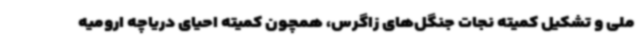
ملی و تشکیل کمیته نجات جنگل‌های زاگرس، همچون کمیته احیای دریاچه ارومیه